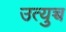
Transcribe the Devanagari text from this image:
उत्युच्च